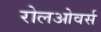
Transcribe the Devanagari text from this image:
रोलओवर्स